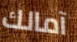
آمالك